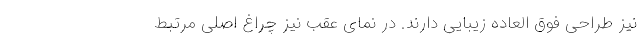
نیز طراحی فوق العاده زیبایی دارند. در نمای عقب نیز چراغ اصلی مرتبط